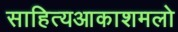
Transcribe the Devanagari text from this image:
साहित्‍यआकाशमलो